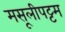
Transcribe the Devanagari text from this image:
मसूलीपट्टम